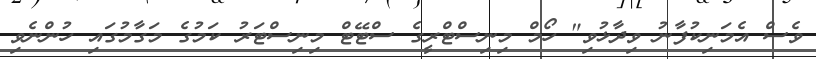
ވެސް އެމަނިކުފާނު ވިދާޅުވި" ހޯމް މިނިސްޓްރީގެ ސްޓޭޓް މިނިސްޓަރު ކަމުގެ މަގާމުގައި ހުންނެވި